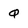
Character: Q